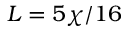
L = 5 \chi / 1 6